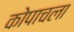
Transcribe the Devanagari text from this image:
कोपाचला